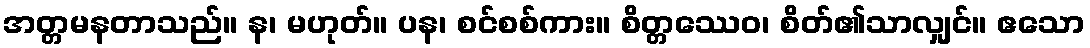
အတ္တမနတာသည်။ န၊ မဟုတ်။ ပန၊ စင်စစ်ကား။ စိတ္တဿေဝ၊ စိတ်၏သာလျှင်။ ဧသော